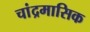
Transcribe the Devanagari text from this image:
चांद्रमासिक